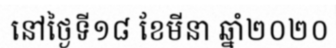
នៅថ្ងៃទី១៨ ខែមីនា ឆ្នាំ២០២០